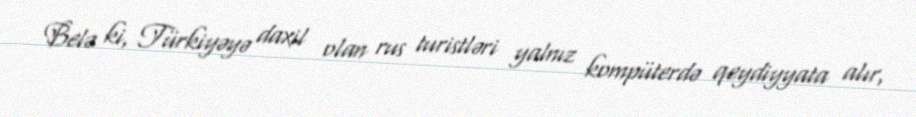
Belə ki, Türkiyəyə daxil olan rus turistləri yalnız kompüterdə qeydiyyata alır,